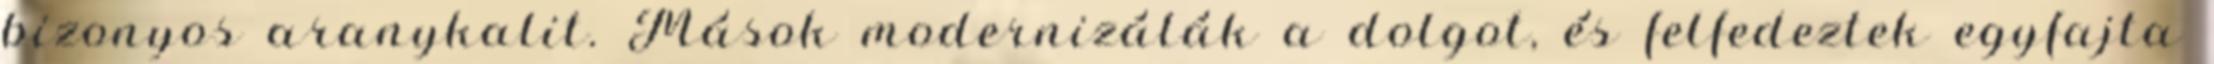
bizonyos aranykalit. Mások modernizálák a dolgot, és felfedeztek egyfajta